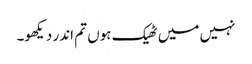
نہیں میں ٹھیک ہوں تم اندر دیکھو۔